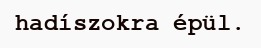
hadíszokra épül.